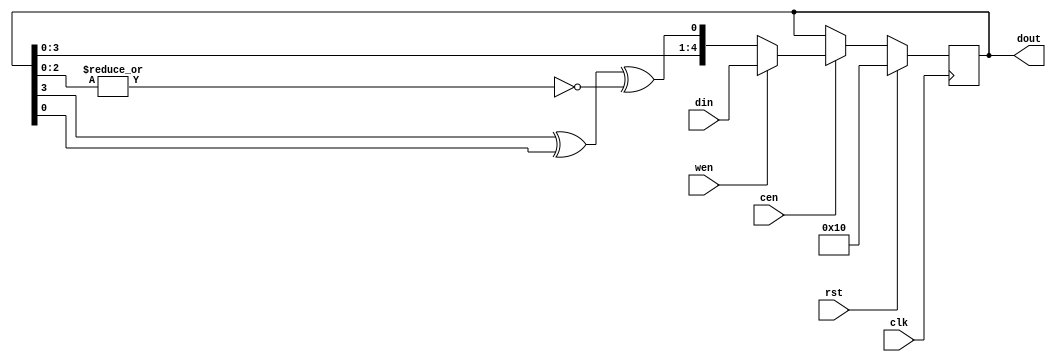
/** @file
	Implement a 16-sequence LFSR
*/

`ifndef LFSR16_V_
`define LFSR16_V_

/*
	Sequence:
	10000
	00001
	00011
	00111
	01111
	11110
	11101
	11010
	10101
	01011
	10110
	01100
	11001
	10010
	00100
	01000
*/

/** The LFSR module
	@param[in] clk clock input
	@param[in] rst reset line input
	@param[in] cen core enable
	@param[in] wen write enable
	@param[in] din data input
	@param[out] dout data output (augmented lfsr value)
*/

`timescale 1ns/1ps

module lfsr16(
	clk, rst,
	cen, wen, din, dout
);

input clk, rst;
input cen, wen;
input [4:0] din;
output [4:0] dout;

reg [4:0] lfsr; ///< lfsr[4:1] stores the previous value
wire corr_bit = ~|lfsr[2:0];
wire next_bit = lfsr[3]^lfsr[0]^corr_bit;

assign dout = lfsr;

// sequential machine
always @(posedge clk)
	if (rst) lfsr <= 5'b10000; // reset value
	else if (cen) begin
		if (wen) lfsr <= din;
	 	else lfsr <= {lfsr[3:0], next_bit};
	end

endmodule

`endif // LFSR16_V_